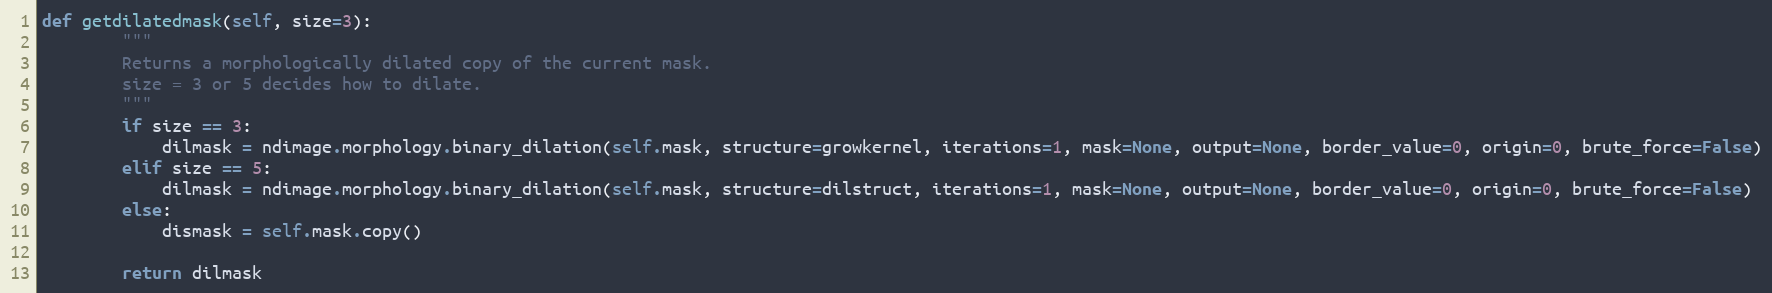
Language: Python
def getdilatedmask(self, size=3):
        """
        Returns a morphologically dilated copy of the current mask.
        size = 3 or 5 decides how to dilate.
        """
        if size == 3:
            dilmask = ndimage.morphology.binary_dilation(self.mask, structure=growkernel, iterations=1, mask=None, output=None, border_value=0, origin=0, brute_force=False)
        elif size == 5:
            dilmask = ndimage.morphology.binary_dilation(self.mask, structure=dilstruct, iterations=1, mask=None, output=None, border_value=0, origin=0, brute_force=False)
        else:
            dismask = self.mask.copy()

        return dilmask